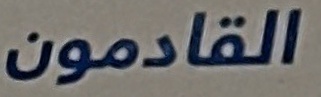
القادمون